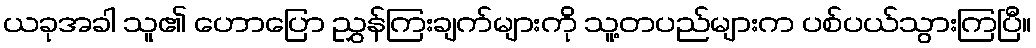
ယခုအခါ သူ၏ ဟောပြော ညွှန်ကြးချက်များကို သူ့တပည်များက ပစ်ပယ်သွားကြပြီ။